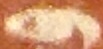
و